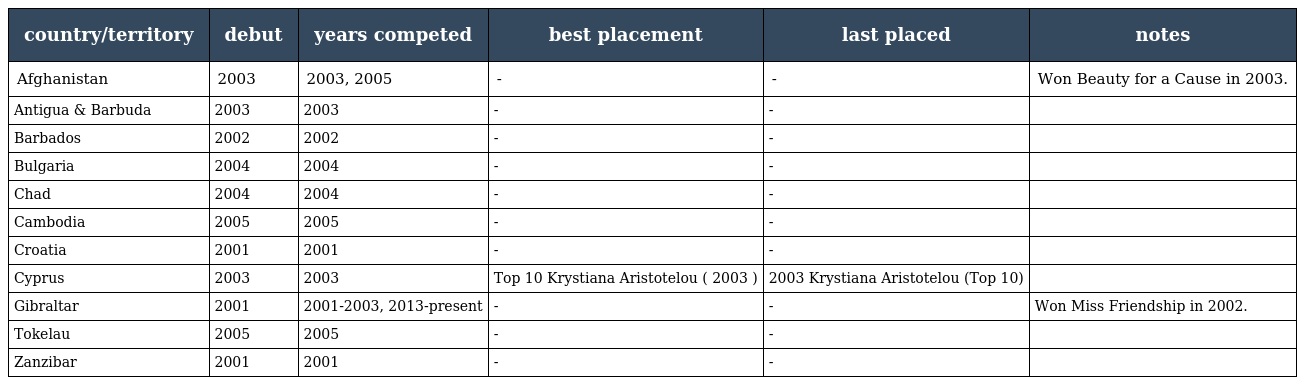
| country/territory | debut | years competed | best placement | last placed | notes |
 | --- | --- | --- | --- | --- | --- |
 | Afghanistan | 2003 | 2003, 2005 | - | - | Won Beauty for a Cause in 2003. |
 | Antigua & Barbuda | 2003 | 2003 | - | - |  |
 | Barbados | 2002 | 2002 | - | - |  |
 | Bulgaria | 2004 | 2004 | - | - |  |
 | Chad | 2004 | 2004 | - | - |  |
 | Cambodia | 2005 | 2005 | - | - |  |
 | Croatia | 2001 | 2001 | - | - |  |
 | Cyprus | 2003 | 2003 | Top 10 Krystiana Aristotelou ( 2003 ) | 2003 Krystiana Aristotelou (Top 10) |  |
 | Gibraltar | 2001 | 2001-2003, 2013-present | - | - | Won Miss Friendship in 2002. |
 | Tokelau | 2005 | 2005 | - | - |  |
 | Zanzibar | 2001 | 2001 | - | - |  |